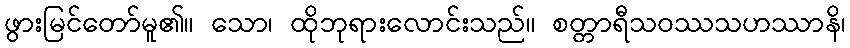
ဖွားမြင်တော်မူ၏။ သော၊ ထိုဘုရားလောင်းသည်။ စတ္တာရီသဝဿသဟဿာနိ၊